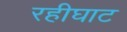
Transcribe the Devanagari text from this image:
रहीघाट